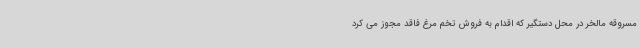
مسروقه مالخر در محل دستگیر که اقدام به فروش تخم مرغ فاقد مجوز می کرد